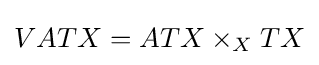
VATX=ATX\times _{X}TX